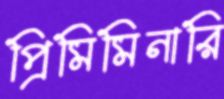
প্রিমিমিনারি